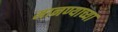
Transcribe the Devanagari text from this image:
मानण्याच्या